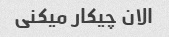
الان چیکار میکنی